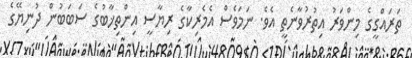
ތަރައްގީގެ މިންވަރު އިތުރުވާނެތީ އެވެ. ނަމަވެސް އެމެރިކާގެ ރިޔާސީ އިންތިޚާބުގެ ސަބަބުން ދުނިޔޭގެ